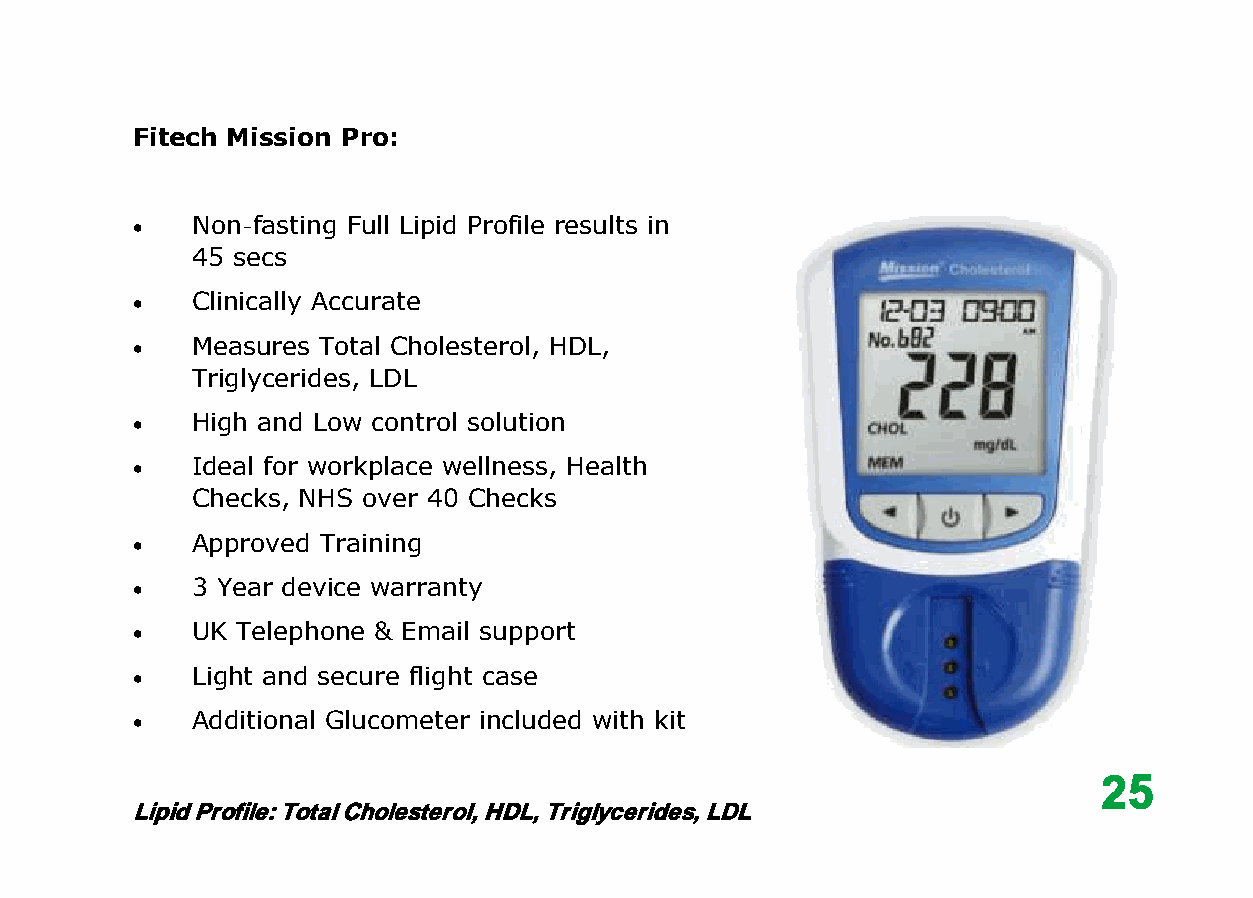
Fitech Mission Pro:
    Non-fasting Full Lipid Profile results in
 45 secs
    Clinically Accurate
    Measures Total Cholesterol, HDL,
 Triglycerides, LDL
    High and Low control solution
    Ideal for workplace wellness, Health
 Checks, NHS over 40 Checks
    Approved Training
    3 Year device warranty
    UK Telephone & Email support
    Light and secure flight case
    Additional Glucometer included with kit
 25
 Lipid Profile: Total Cholesterol, HDL, Triglycerides, LDL